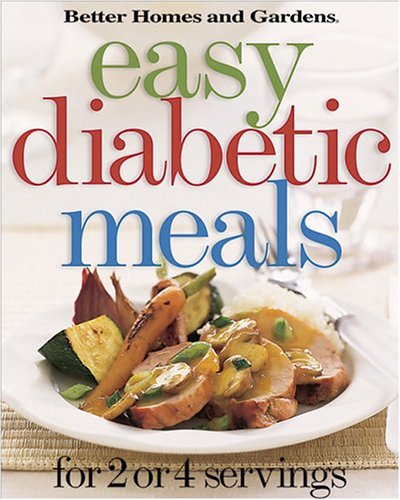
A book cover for Easy Diabetic Meals: For 2 or 4 Servings (Better Homes & Gardens); Better Homes and Gardens; Cookbooks, Food & Wine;